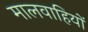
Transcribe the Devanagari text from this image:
मालवाहियों